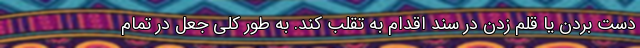
دست بردن یا قلم زدن در سند اقدام به تقلب کند. به طور کلی جعل در تمام